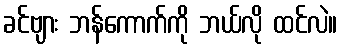
ခင်ဗျား ဘန်ကောက်ကို ဘယ်လို ထင်လဲ။